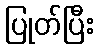
ပြုတ်ပြီး